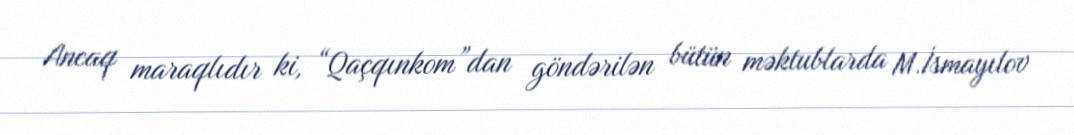
Ancaq maraqlıdır ki, “Qaçqınkom”dan göndərilən bütün məktublarda M.İsmayılov